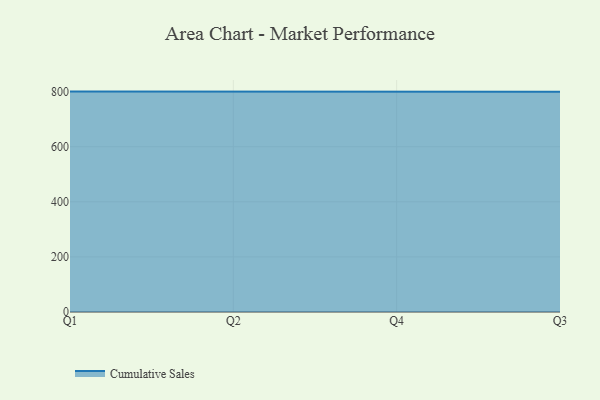
{"axis": {"x": "Quarter", "y": "Website Visitors"}, "legend": ["Cumulative Sales"], "data": [{"x": "Q1", "y": 800.1, "type": "Cumulative Sales"}, {"x": "Q2", "y": 800, "type": "Cumulative Sales"}, {"x": "Q4", "y": 800, "type": "Cumulative Sales"}, {"x": "Q3", "y": 800, "type": "Cumulative Sales"}]}